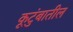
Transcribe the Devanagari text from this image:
कूटुंबातील